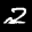
Label: 2